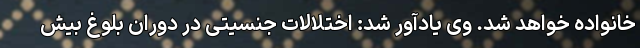
خانواده خواهد شد. وی یادآور شد: اختلالات جنسیتی در دوران بلوغ بیش